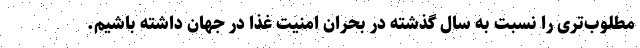
مطلوب‌تری را نسبت به سال گذشته در بحران امنیت غذا در جهان داشته باشیم.